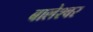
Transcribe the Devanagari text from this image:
बालेश्‍वर